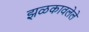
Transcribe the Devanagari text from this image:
झळकावलेले